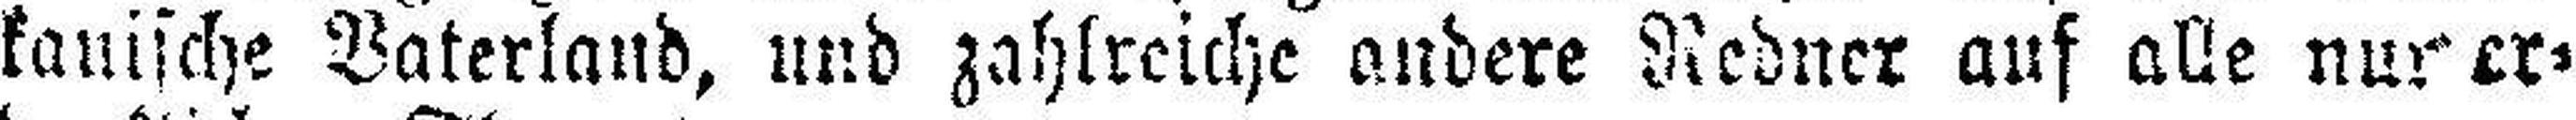
kanische Vaterland, und zahlreiche andere Redner auf alle nur er¬